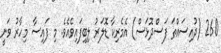
260 (ދުއިސައްތަ ފަސްދޮޅަސް) އެމެރިކާ ޑޮލަރު ލިބިފައިވެއެވެ. މި ފައިސާ މިހާރު ވަނީ